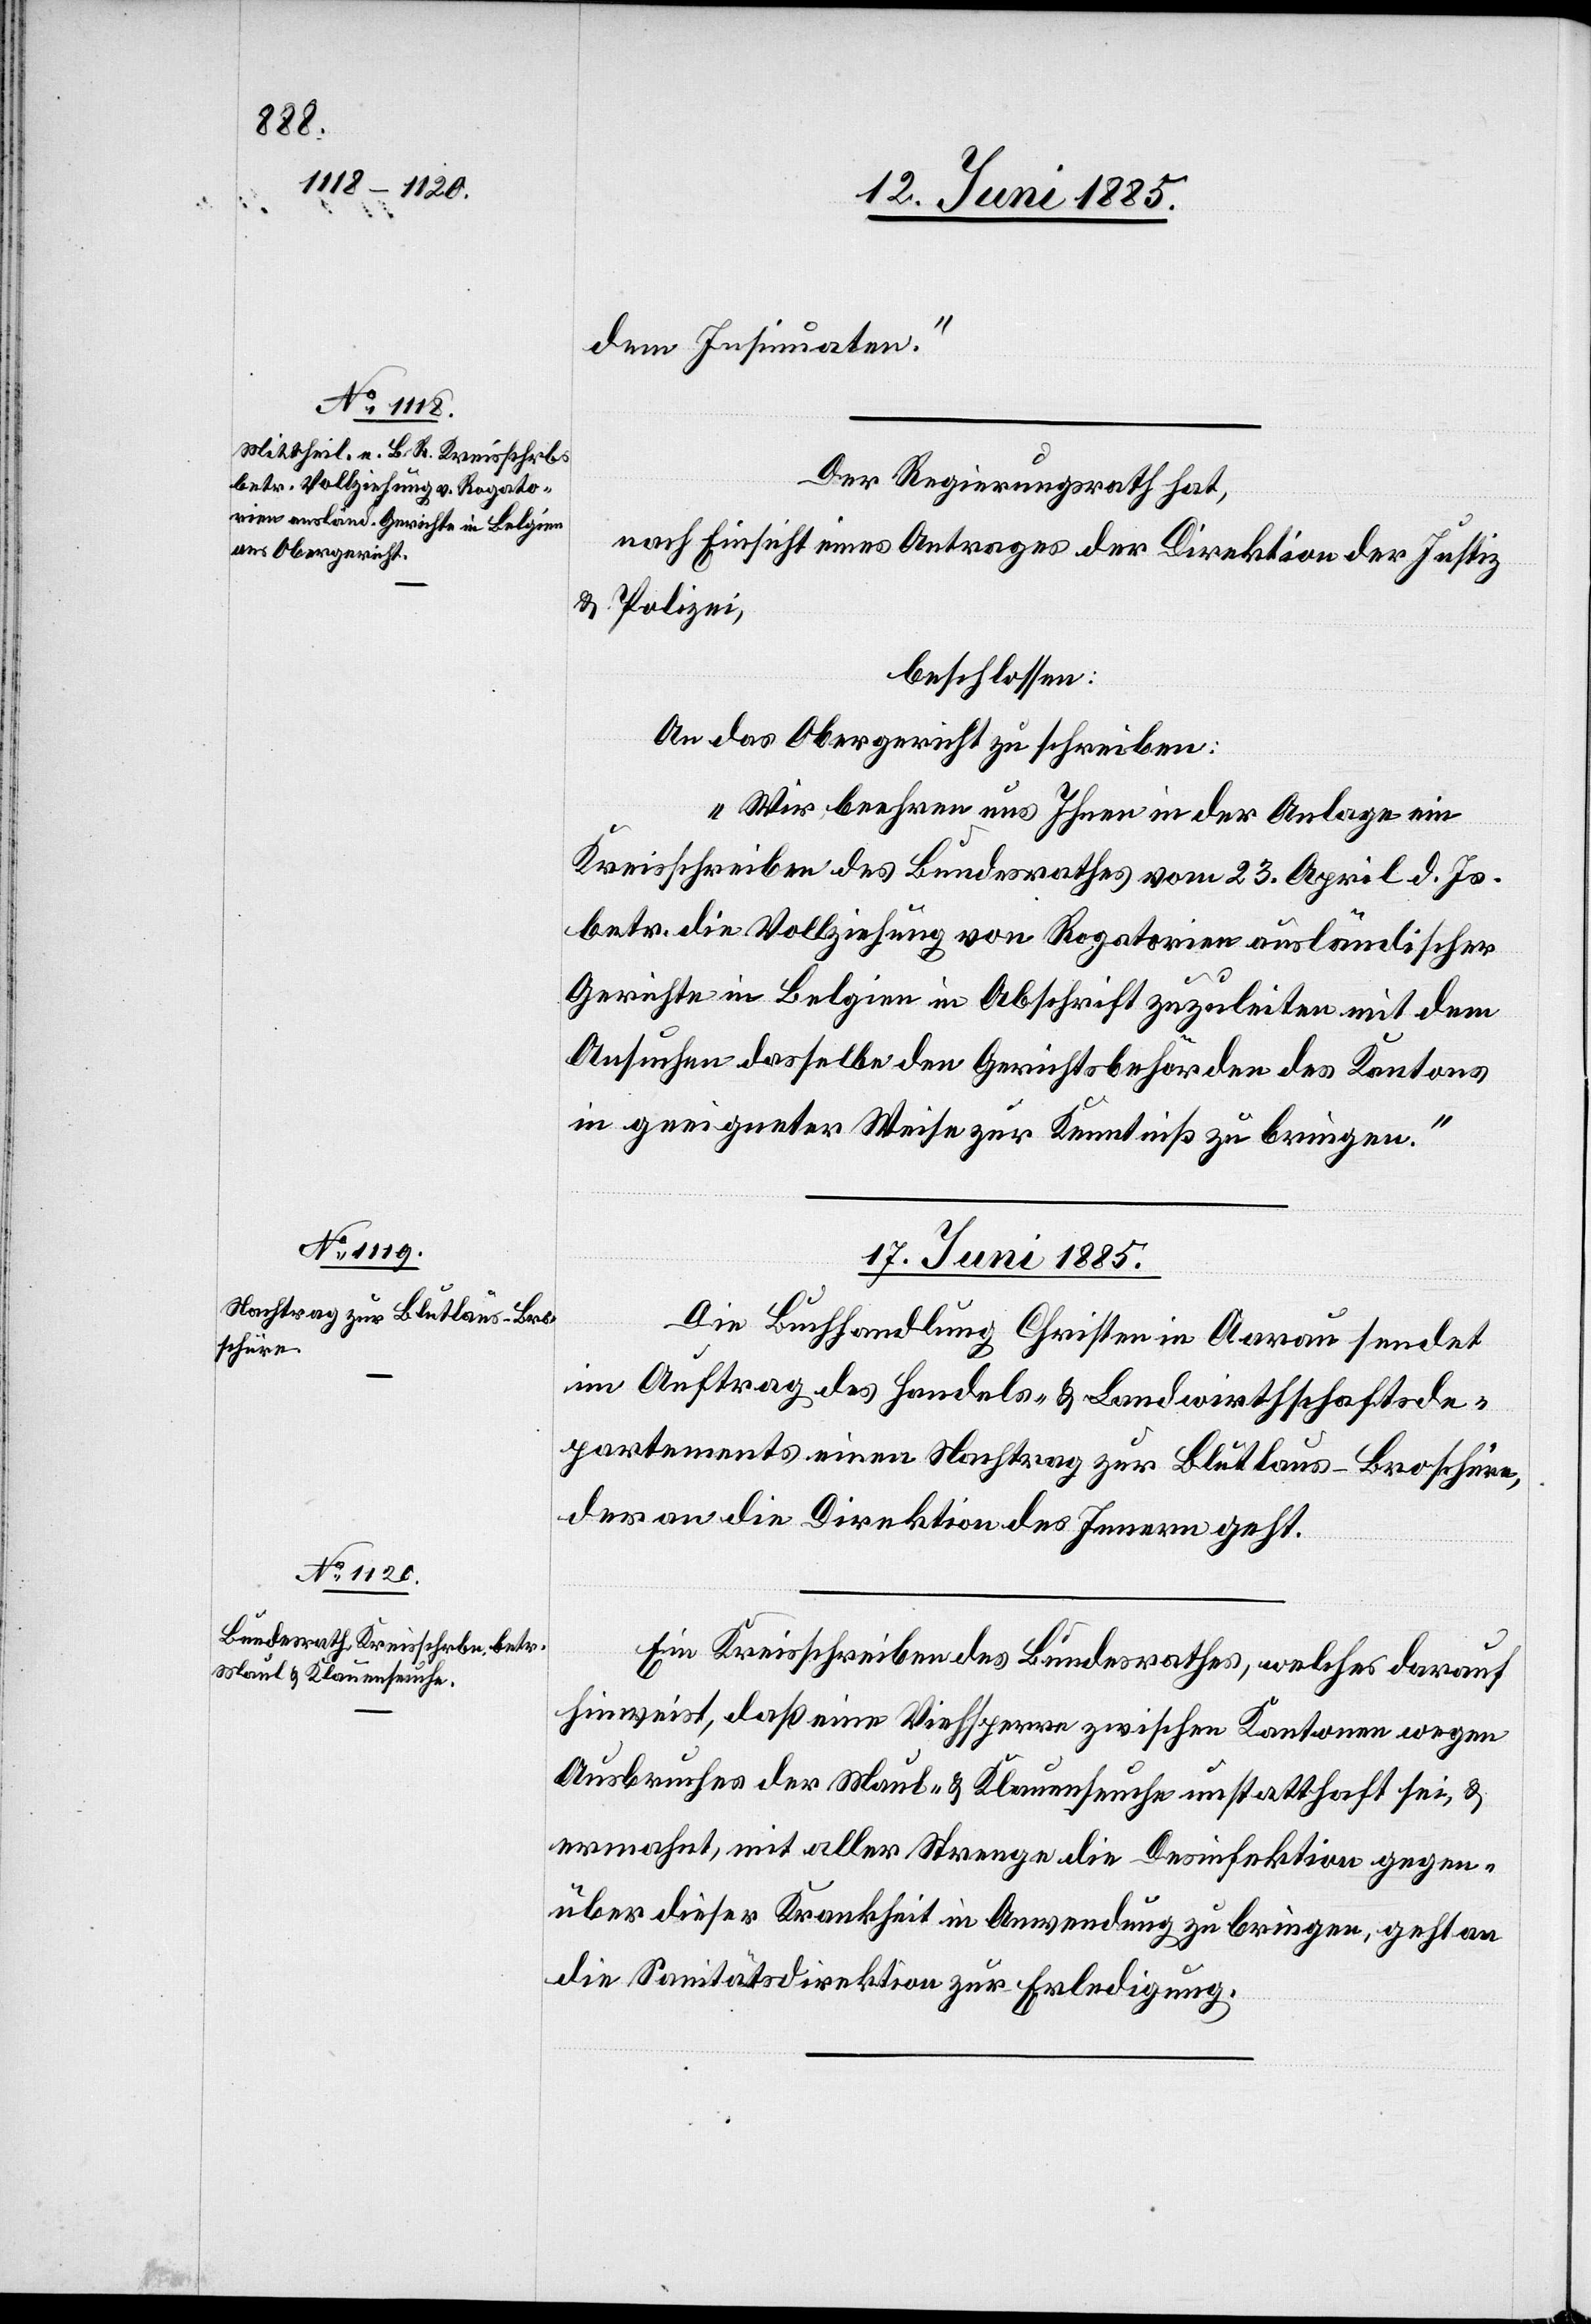
dem Insinuaten.“
Der Regierungsrath hat,
nach Einsicht eines Antrages der Direktion der Justiz
& Polizei,
beschlossen:
An das Obergericht zu schreiben:
„Wir beehren uns Ihnen in der Anlage ein
Kreisschreiben des Bundesrathes vom 23. April d. Js.
betr. die Vollziehung von Rogatorien ausländischer
Gerichte in Belgien in Abschrift zuzuleiten mit dem
Ansuchen dasselbe den Gerichtsbehörden des Kantons
in geeigneter Weise zur Kenntniß zu bringen.“
17. Juni 1885.]
Die Buchhandlung Christen in Aarau sendet
im Auftrag des Handels- & Landwirthschaftsde¬
partements einen Nachtrag zur Blutlaus-Broschüre,
der an die Direktion des Innern geht.
Ein Kreisschreiben des Bundesrathes, welches darauf
hinweist, daß eine Viehsperre zwischen Kantonen wegen
Ausbruches der Maul- & Klauenseuche unstatthaft sei, &
ermahnt, mit aller Strenge die Desinfektion gegen¬
über dieser Krankheit in Anwendung zu bringen, geht an
die Sanitätsdirektion zur Erledigung.